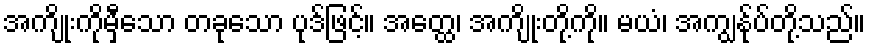
အကျိုးကိုမှီသော တခုသော ပုဒ်ဖြင့်။ အတ္ထေ၊ အကျိုးတို့ကို။ မယံ၊ အကျွန်ုပ်တို့သည်။